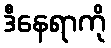
ဒီနေရာကို